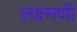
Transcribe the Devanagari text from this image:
लक्ष्मणी